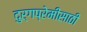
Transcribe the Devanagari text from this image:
दुर्गप्रेमींसाठी